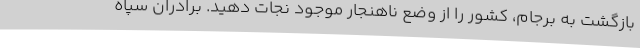
بازگشت به برجام، کشور را از وضع ناهنجار موجود نجات دهید. برادران سپاه